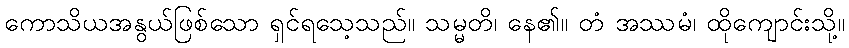
ကောသိယအနွယ်ဖြစ်သော ရှင်ရသေ့သည်။ သမ္မတိ၊ နေ၏။ တံ အဿမံ၊ ထိုကျောင်းသို့။